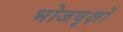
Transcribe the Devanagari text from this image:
भोजवृक्षों